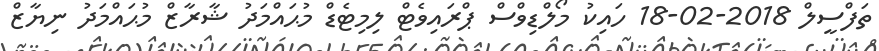
ތަފްސީލް 2018-02-18 ހައިކު މޯލްޑިވްސް ޕްރައިވެޓް ލިމިޓެޑް މުޙައްމަދު ޝާރާޒް މުޙައްމަދު ނިޔާޒް